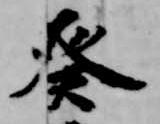
癸